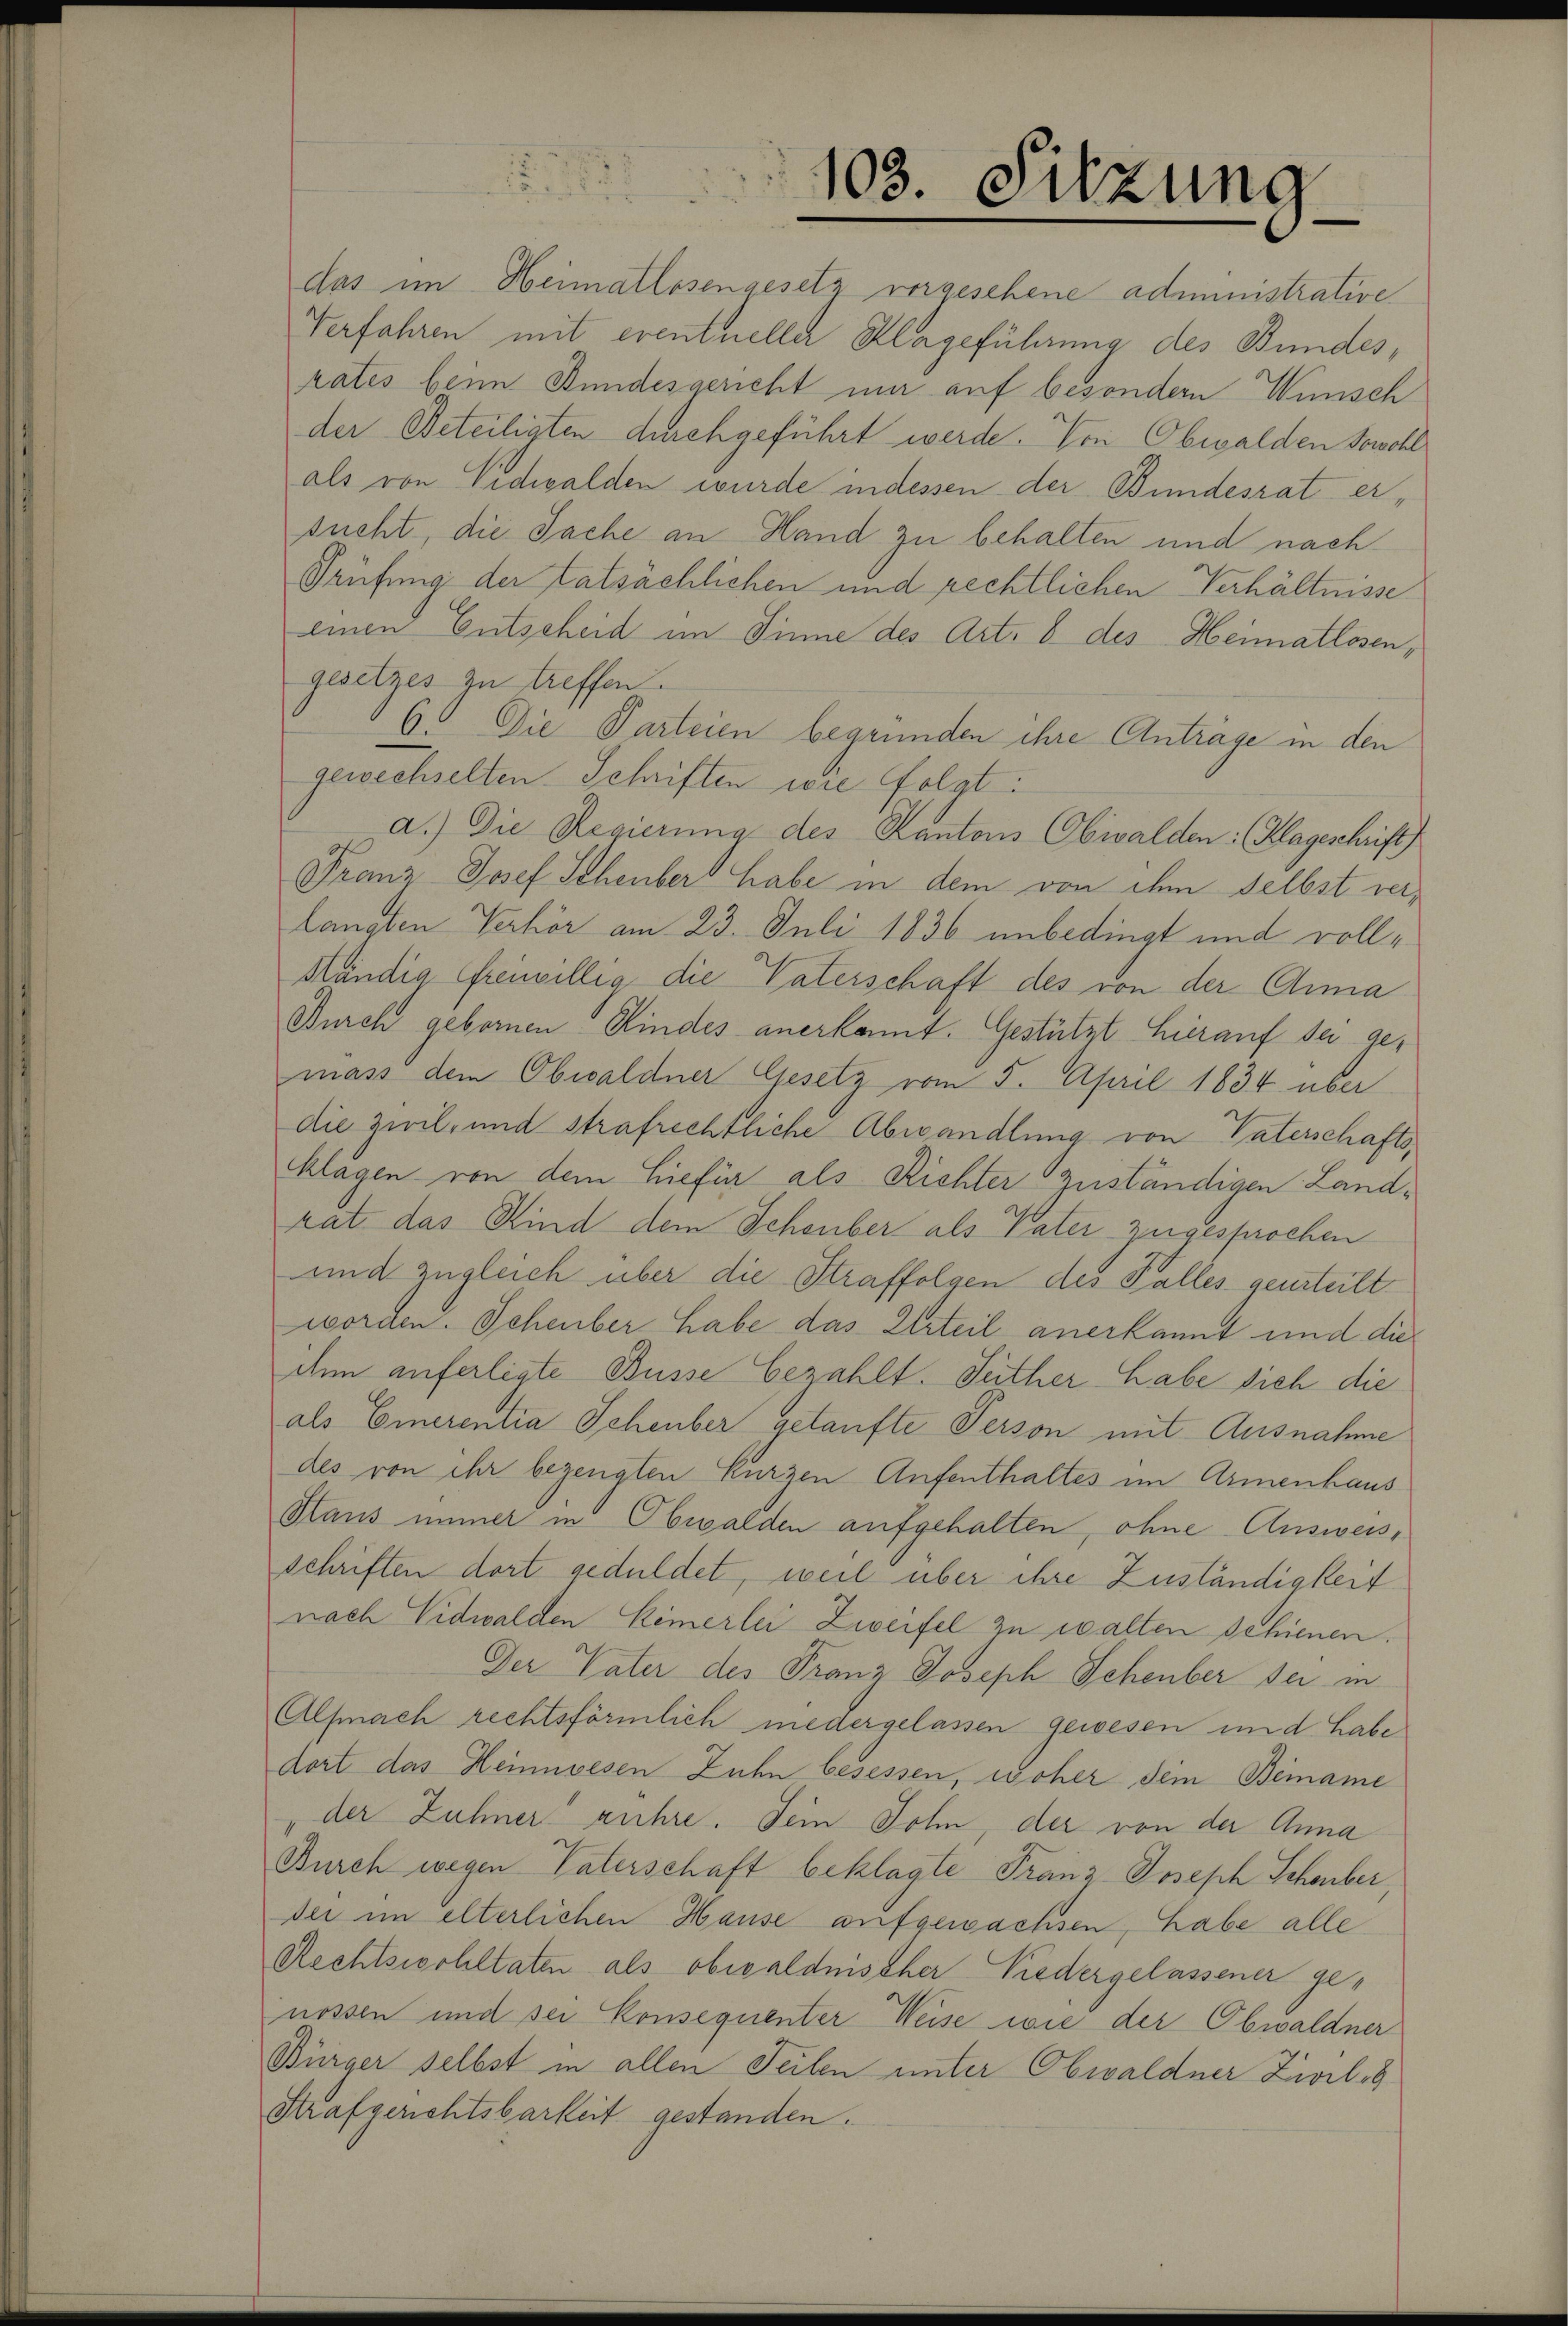
gesetzes zu treffen.

103. Sitzung

das im Heimatlosengesetz vorgesehene administrative
Verfahren mit eventueller Klageführung des Bundes,
rates beim Bundesgericht mir auf besondern Wunsch
der Beteiligten durchgeführt werde. Von Obwalden Sowohl
als von Nidwalden wurde indessen der Bundesrat ersucht, die Sache an Hand zu behalten und nach
Prüfung der Tatsächlichen und rechtlichen Verhältnisse
einen Entscheid im Sinne des Art. 6 des Heimatlosen,
6. Die Parteien begründen ihre Anträge in den
gewechselten Schriften wie folgt:
a.) Die Regierung des Kantons Obwalden: (Klageschrift
Franz Josef Scheuber habe in dem von dem selbst verlangten Verhör am 23. Juli 1836 unbedingt und voll¬
Mändig freiwillig die Vaterschaft des von der Anna
Durch gebornen Kindes anerkannt. Gestützt hierauf der gemass dem Obwaldner Gesetz vom 5. April 1834 über
die Zwil- und strafrechtliche Abwandlung von Vaterschafts¬
Klagen von dem hiefür als Richter zuständigen Landrat das Kind dem Schenber als Pater zugesprochen
und zugleich über die Straffolgen des Falles geurteilt.
worden. Scheuber habe das Urteil anerkannt und die
ihm anfertigte Busse bezahlt. Seither habe sich die
als Emerentia Scheuber getaufte Person mit Ausnahme
des von ihr bezeugten Kurzen Aufenthaltes im Armenhaus
Haus immer in Obwalden aufgehalten, ohne Ausweisschriften dort geduldet, weil über ihre Zuständigkeit
nach Nidwalden Keinerlei Zweifel zu walten schienen.
Der Vater des Franz Joseph Scheuber sei in
Alfmach rechtsförmlich niedergelassen gewesen in d. habe
dort das Heimwesen Zuhn besessen, woher dem Beiname
"der Zuhner rühre. Dein Sohn, der von der Anna
Burch wegen Vaterschaft beklagte Franz Joseph Schenber,
der im elterlichen Hause aufgewachsen, habe alle
Rechtsiechltaten als obwaldnischer Niedergelassener genossen und sei Konsequenter Weise wie der Obwaldner
Bürger selbst in allen Teilen unter Obwaldner Zivileg
Strafgerichtsbarkeit gestanden.